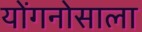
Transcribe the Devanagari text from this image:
योंगनोसाला